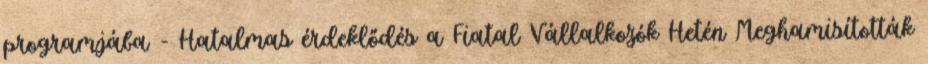
programjába - Hatalmas érdeklődés a Fiatal Vállalkozók Hetén Meghamisították